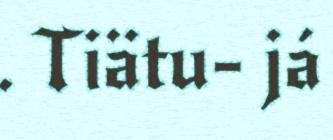
. Tiätu- já